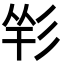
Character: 𢒑